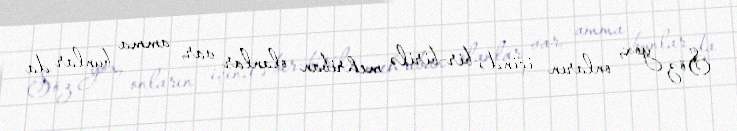
Söz yox, onların içində bir-birilə mehriban olanlar var, amma bunlar da